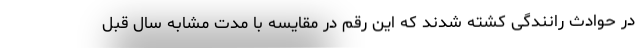
در حوادث رانندگی کشته شدند که این رقم در مقایسه با مدت مشابه سال قبل